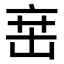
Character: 𬽍